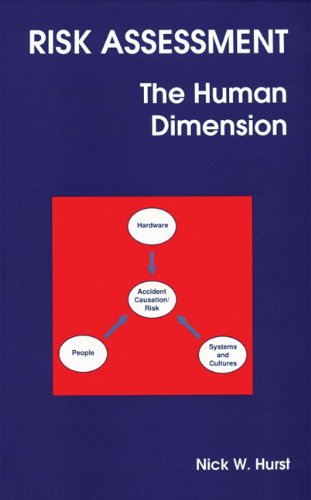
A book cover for Risk Assessment; N Hurst; Medical Books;